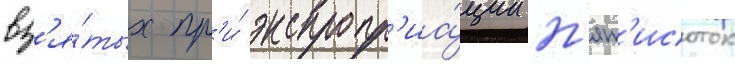
вз'я́тых пр'и́ экспропр'иа́ции п'ят'исоток